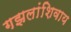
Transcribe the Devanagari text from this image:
गझलांशिवाय